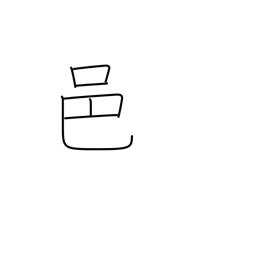
Meaning: rural community